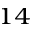
^ { 1 4 }